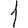
Digit: 1